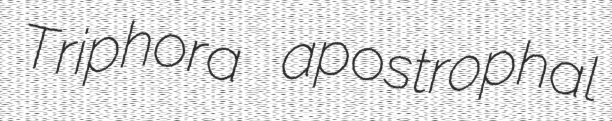
Triphora apostrophal